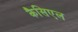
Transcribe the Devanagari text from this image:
कैसिएल